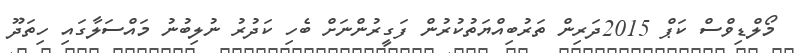
މޯލްޑިވްސް ކަޕް 2015ދަރިން ތަރުބިއްޔަތުކުރުން ފަގީރުންނަށް ބެހި ކަދުރު ނުލިބުނު މައްސަލާގައި ހިތަދޫ